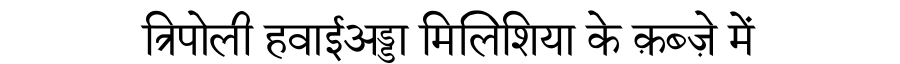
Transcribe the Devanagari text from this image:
त्रिपोली हवाईअड्डा मिलिशिया के क़ब्ज़े में